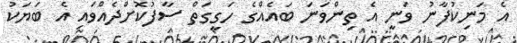
އެ މަނިކުފާނު ވަނީ އެ ތިންވަނަ ބައެއްގެ ހަގީގަތް ސާފުކޮށްދެއްވައި އެ ބަޔަކު